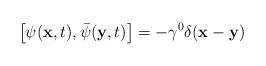
LaTeX: \begin{align*}\left[\psi({\bf x},t),\bar{\psi}({\bf y},t)\right]=-\gamma^0\delta({\bf x}-{\bf y})\end{align*}